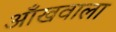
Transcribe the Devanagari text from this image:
आँखवाला